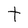
Character: t